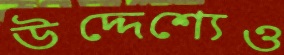
উদ্দেশ্যেও